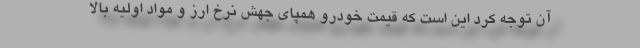
آن توجه کرد این است که قیمت خودرو همپای جهش نرخ ارز و مواد اولیه بالا